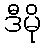
ဒီမို